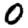
Digit: 0